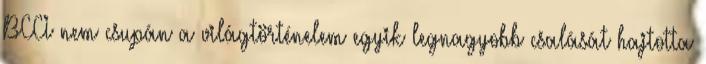
BCCI nem csupán a világtörténelem egyik legnagyobb csalását hajtotta